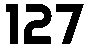
127